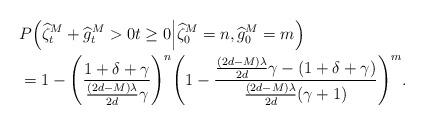
LaTeX: \begin{align*}&P\Big(\widehat{\zeta}_t^M+\widehat{g}_t^M>0t\geq 0\Big|\widehat{\zeta}_0^M=n, \widehat{g}_0^M=m\Big)\\&=1-\Bigg(\frac{1+\delta+\gamma}{\frac{(2d-M)\lambda}{2d}\gamma}\Bigg)^n\Bigg(1-\frac{\frac{(2d-M)\lambda}{2d}\gamma-(1+\delta+\gamma)}{\frac{(2d-M)\lambda}{2d}(\gamma+1)}\Bigg)^m.\end{align*}